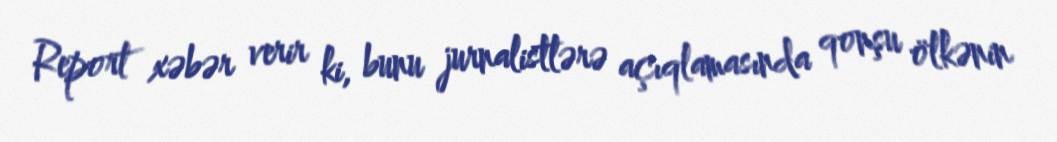
Report xəbər verir ki, bunu jurnalistlərə açıqlamasında qonşu ölkənin